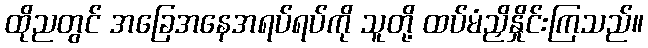
ထိုညတွင် အခြေအနေအရပ်ရပ်ကို သူတို့ ထပ်မံညှိနှိုင်းကြသည်။